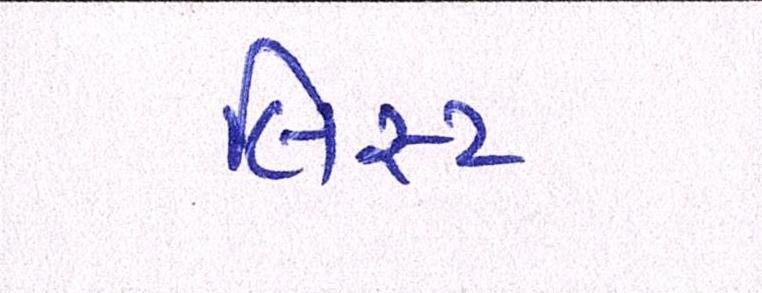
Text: લિસ્ટ